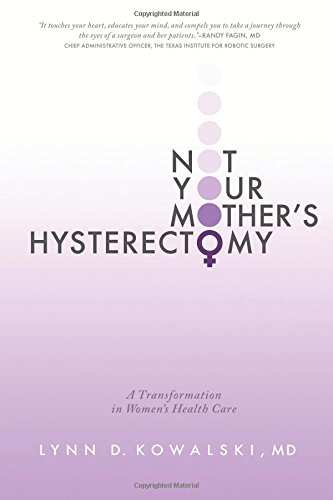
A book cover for Not Your Mother's Hysterectomy: A Transformation in Women's Health Care; Lynn D. Kowalski MD; Health, Fitness & Dieting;